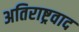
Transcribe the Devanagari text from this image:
अतिराष्ट्रवाद